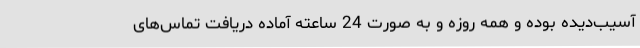
آسیب‌دیده بوده و همه روزه و به‌ صورت 24 ساعته آماده دریافت تماس‌های